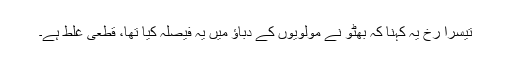
تیسرا رُخ یہ کہنا کہ بھُٹّو نے مولویوں کے دباؤ میں یہ فیصلہ کیا تھا، قطعی غلط ہے۔